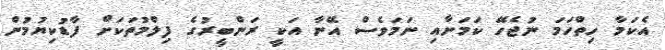
އެކަމާ ހިތްހަމަ ނުޖެހޭ ކަމަށާއި ނަމަވެސް އޭނާ އަކީ ރަންބީރުގެ ފިލްމުތަކަށް ފާޑުކިޔުމުން